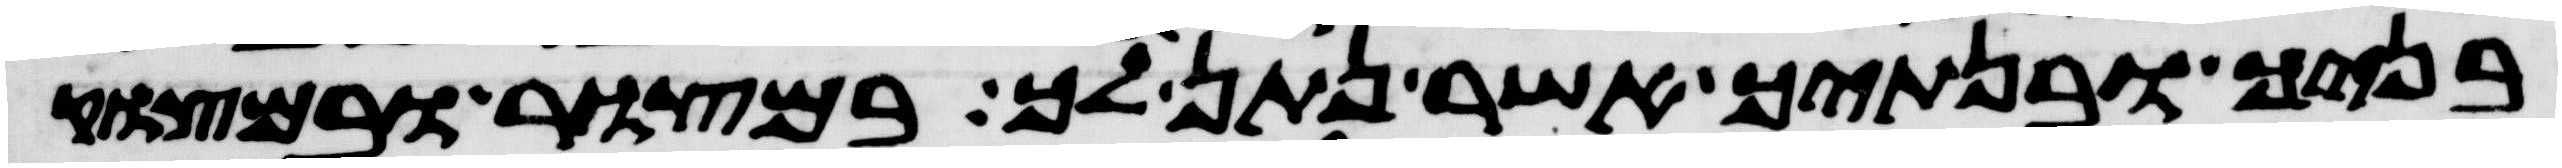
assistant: בניך ובנתיך אשר נתן לך במצור ובמצוק